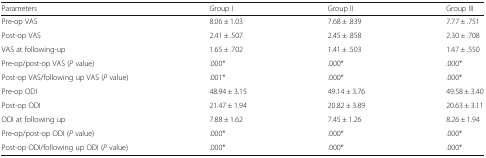
<table><thead><tr><td><b>Parameters</b></td><td><b>Group I</b></td><td><b>Group II</b></td><td><b>Group III</b></td></tr></thead><tbody><tr><td>Pre-op VAS</td><td>8.06 ± 1.03</td><td>7.68 ± .839</td><td>7.77 ± .751</td></tr><tr><td>Post-op VAS</td><td>2.41 ± .507</td><td>2.45 ± .858</td><td>2.30 ± .708</td></tr><tr><td>VAS at following-up</td><td>1.65 ± .702</td><td>1.41 ± .503</td><td>1.47 ± .550</td></tr><tr><td>Pre-op/post-op VAS (<i>P</i> value)</td><td>.000*</td><td>.000*</td><td>.000*</td></tr><tr><td>Post-op VAS/following up VAS (<i>P</i> value)</td><td>.001*</td><td>.000*</td><td>.000*</td></tr><tr><td>Pre-op ODI</td><td>48.94 ± 3.15</td><td>49.14 ± 3.76</td><td>49.58 ± 3.40</td></tr><tr><td>Post-op ODI</td><td>21.47 ± 1.94</td><td>20.82 ± 3.89</td><td>20.63 ± 3.11</td></tr><tr><td>ODI at following up</td><td>7.88 ± 1.62</td><td>7.45 ± 1.26</td><td>8.26 ± 1.94</td></tr><tr><td>Pre-op/post-op ODI (<i>P</i> value)</td><td>.000*</td><td>.000*</td><td>.000*</td></tr><tr><td>Post-op ODI/following up ODI (<i>P</i> value)</td><td>.000*</td><td>.000*</td><td>.000*</td></tr></tbody></table>